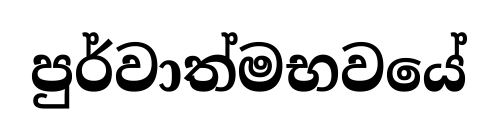
පුර්වාත්මභවයේ